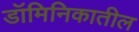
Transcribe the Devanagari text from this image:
डॉमिनिकातील